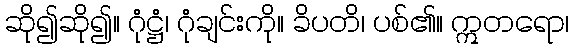
ဆို၍ဆို၍။ ဂုံဋ္ဌံ၊ ဂုံချင်းကို။ ခိပတိ၊ ပစ်၏။ ဣတရော၊